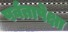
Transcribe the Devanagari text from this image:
पर्वतापेक्षा